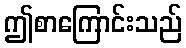
ဤစာကြောင်းသည်